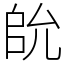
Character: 䦾